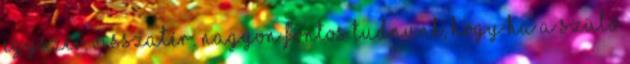
egyszer visszatér. Nagyon fontos tudnunk, hogy ha a szülő